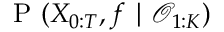
\mathrm { ~ P ~ } ( X _ { 0 : T } , f \mid \mathcal { O } _ { 1 : K } )